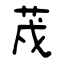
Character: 荗